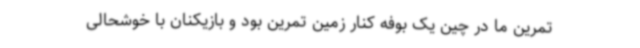
تمرین ما در چین یک بوفه کنار زمین تمرین بود و بازیکنان با خوشحالی